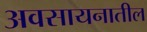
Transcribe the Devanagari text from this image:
अवसायनातील